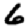
Digit: 6